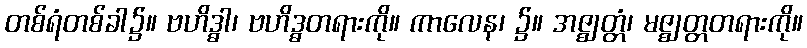
တစ်ရံတစ်ခါ၌။ ဗဟိဒ္ဓါ၊ ဗဟိဒ္ဓတရားကို။ ကာလေန၊ ၌။ အဇ္ဈတ္တံ၊ မဇ္ဈတ္တတရားကို။